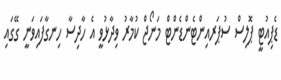
ޑެޕިއުޓީ ޕޮލިސް ސުޕަރއިންޓެންޑެންޓް މަނޯޖް ކުމާރު ވިދާޅުވީ އެ ހާދިސާ ހިނގާފައިވަނީ ގޭގައި